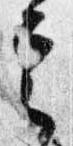
定